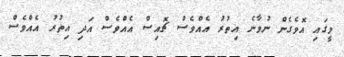
މީގައި އޮވެގެން ނުވާނެ އިތުރު އެއްވެސް ޗޮއިސް އެއްވެސް އަދި އިތުރު އެއްވެސް